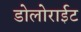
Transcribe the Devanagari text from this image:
डोलोराईट